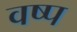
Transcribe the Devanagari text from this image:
वष्प